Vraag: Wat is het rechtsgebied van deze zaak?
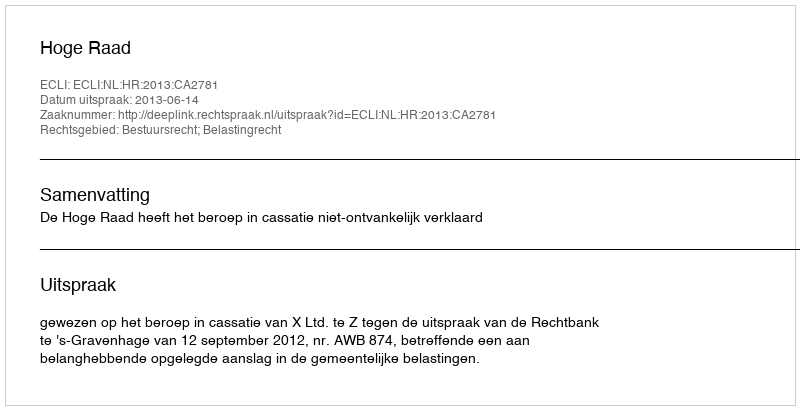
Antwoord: Bestuursrecht; Belastingrecht